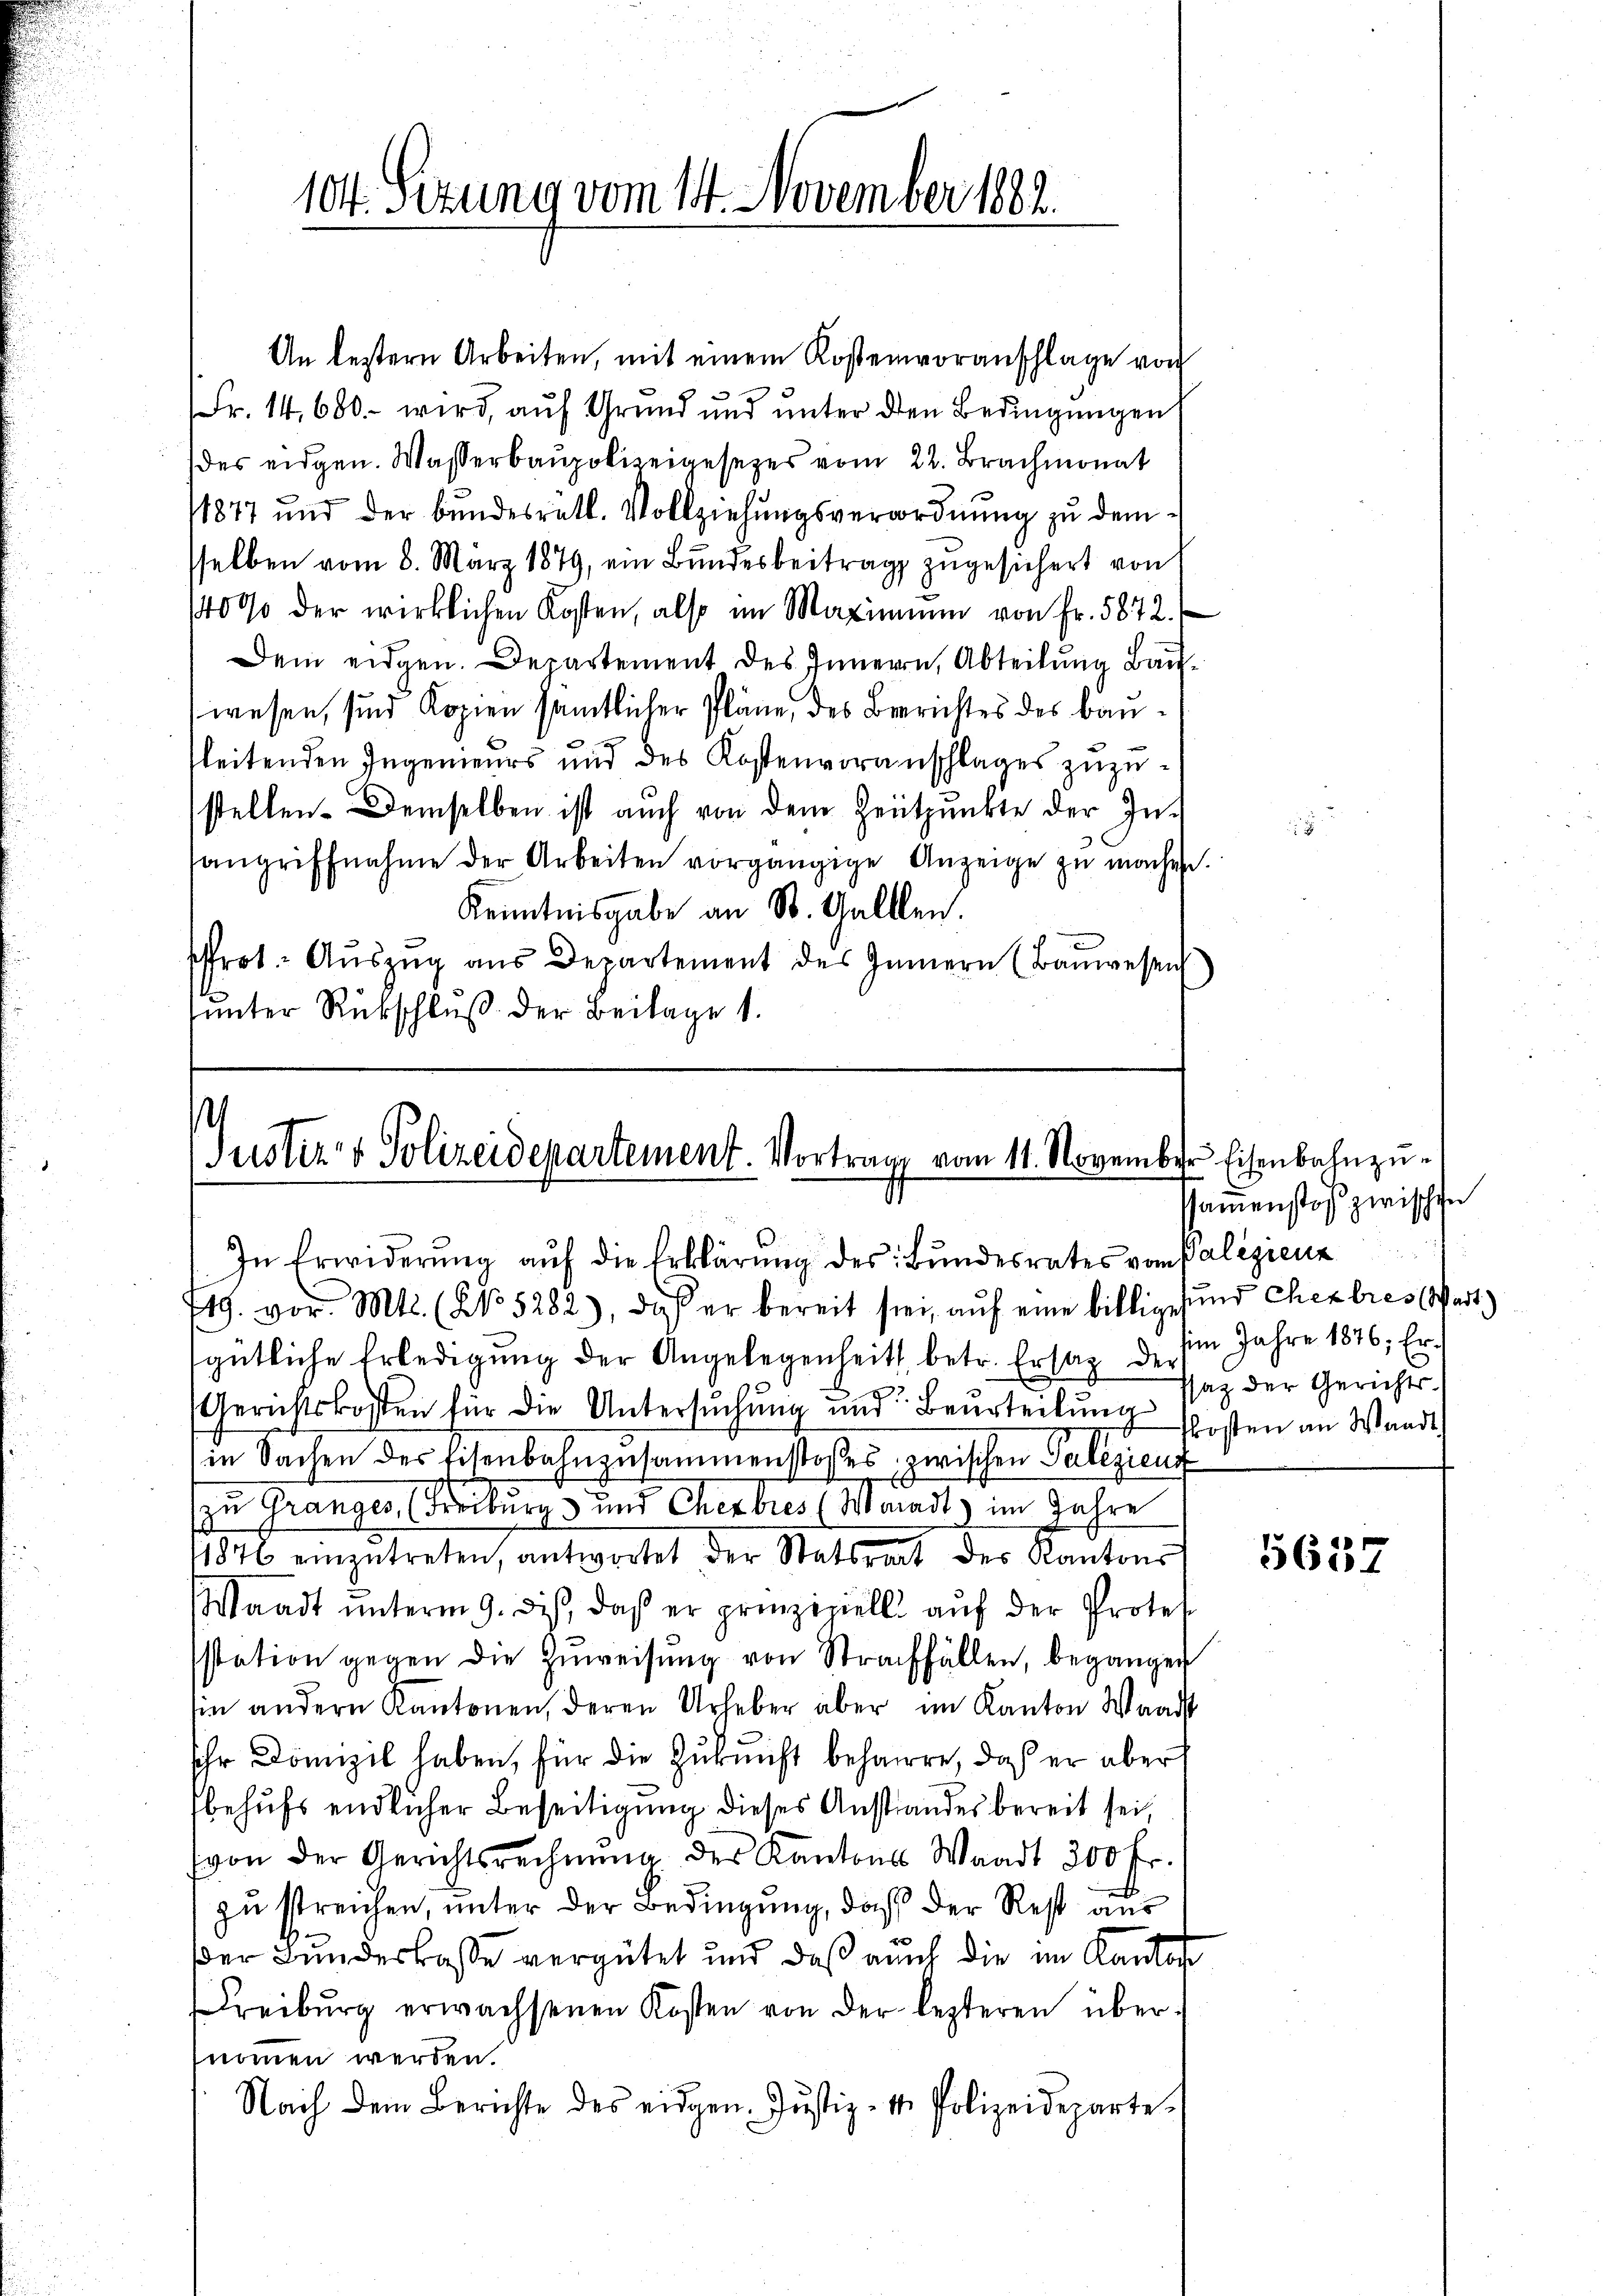
104. Sezung vom 14. November 1882.

An bestern Arbeiten, mit einem Kostenvoranschlage von
Fr. 14,600.- wird, auf Grund und unter den Bedingungen
des eidgen. Wasserbaupolizeigesetzes vom 22. Brachmonat
1877 und der bundesretl. Vollziehungsverordnung zu dem
sselben vom 8. März 1879, ein Bŭndesbeitrag zugesichert von
140% der wirklichen Kosten, also im Maximum von Fr. 5872.
Dem eidgen. Departement des Innern, Abteilung Bauwesen, sind Kopien sämtlicher Pläne, des Berichtes des Bauleitenden Ingenieurs und des Kostenvoranschlages zuzustellen. Demselben ist auch von dem Zeitpunkte der In-
angriffnahme der Arbeiten vorgängige Anzeige zŭ machen.
Kenntnisgabe an St. Gallen.
sfrot. Aŭszŭg aŭs Departement des Innern (Bauwesen
sunter Rückschluß der Beilage 1.

h
Justiz & Polizeidepartement. Vortrage vom 11. November Eisenbahnzu¬
.
In Erwiderŭng aŭf die Erklärung des Bundesrates von Palizienz

719. vor. Mts. (No 5282), daß er bereit sei, auf eine billige
gütliche Erledigung der Angelegenheits betr. Erstag der
Gerichtskosten für die Untersŭchŭng und Beurteilung Ersten an Waadt
in Sachen des Eisenbahnzusammenstosses, zwischen Paleziens
zu Granges (Freiburg und Cherbres (Maradt) im Jahre
4876 einzŭtreten, antwortet der Statsrat des Kantons
Waadt ŭnterm 9. dis, daß er prinzipiell auf der Protet
sstation gegen die Zŭweisŭng von Straffällen, begangen
in andern Kantonen, deren Urheber aber im Kanton Waadt
sehr Domizil haben, für die Zukunft behaure, daß er aber
behufs endlicher Beseitigung dieses Anstandes bereit sei,
von der Gerichtsrechnŭng des Kantons Waadt 300 Fr.
zu streichen, unter der Bedingung, daß der Rest aus
Der Bundeskasse vergütet und daß auch die im Kanton
reiburg erwachsenen Kosten von der lezteren übernomen werden.
Nach dem Berichte des eidgen. Jŭstiz- & Polizeideparte

sammenstoß zwischen
und Chexbres Wart)
im Jahre 1876; Erssaz der Gerichts

5637